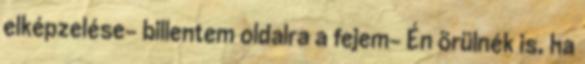
elképzelése- billentem oldalra a fejem- Én örülnék is, ha